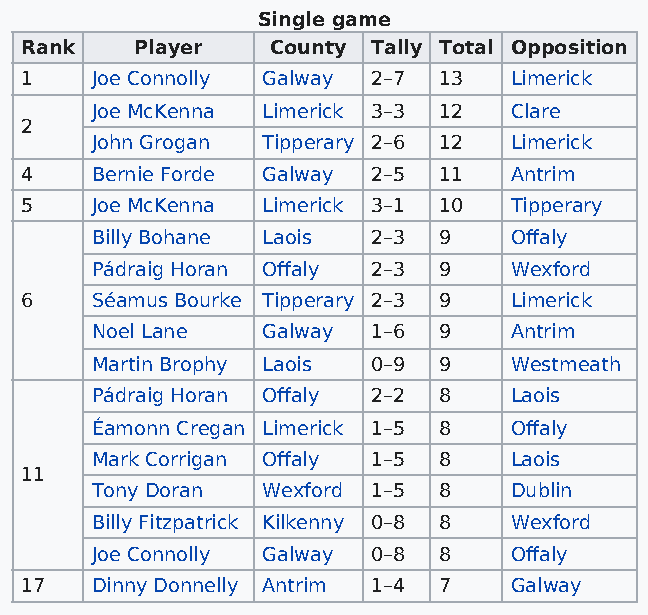
Single game
 Rank    Player   County Tally Total Opposition
 1    Joe Connolly Galway 2–7 13  Limerick
 Joe McKenna Limerick 3–3 12 Clare
 2
 John Grogan Tipperary 2–6 12 Limerick
 4    Bernie Forde Galway 2–5 11  Antrim
 5    Joe McKenna Limerick 3–1 10 Tipperary
 Billy Bohane Laois 2–3 9    Offaly
 Pádraig Horan Offaly 2–3 9  Wexford
 6    Séamus Bourke Tipperary 2–3 9 Limerick
 Noel Lane  Galway  1–6 9    Antrim
 Martin Brophy Laois 0–9 9   Westmeath
 Pádraig Horan Offaly 2–2 8  Laois
 Éamonn Cregan Limerick 1–5 8 Offaly
 Mark Corrigan Offaly 1–5 8  Laois
 11
 Tony Doran Wexford 1–5 8    Dublin
 Billy Fitzpatrick Kilkenny 0–8 8 Wexford
 Joe Connolly Galway 0–8 8   Offaly
 17   Dinny Donnelly Antrim 1–4 7 Galway